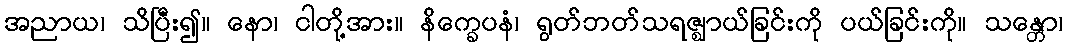
အညာယ၊ သိပြီး၍။ နော၊ ငါတို့အား။ နိက္ခေပနံ၊ ရွတ်ဘတ်သရဇ္ဈာယ်ခြင်းကို ပယ်ခြင်းကို။ သန္တော၊